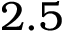
2 . 5